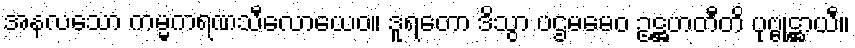
အနလသော ကမ္မကရဏသီလောယေဝ။ ဒူရတော ဒိသွာ ပဌမမေဝ ဥဋ္ဌဟတီတိ ပုဗ္ဗုဋ္ဌာယီ။